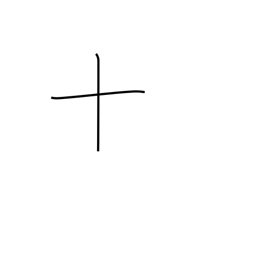
Meaning: ten